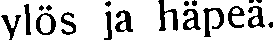
ylös ja häpeä.